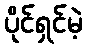
ပိုင်ရှင်မဲ့